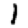
Digit: 1